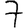
Digit: 7